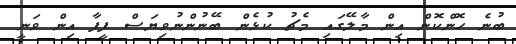
ބުނެ ހޮންކޮން އިން މާލޭގައި މެޗު ކުޅެން ބޭނުންނުވިޔަސް ފީފާ އިން ވަނީ